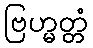
ဗြဟ္မတ္တံ